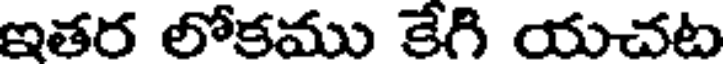
ఇతర లోకము కేగి యచట